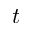
t